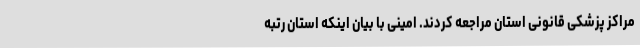
مراکز پزشکی قانونی استان مراجعه کردند. امینی با بیان اینکه استان رتبه